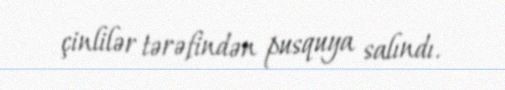
çinlilər tərəfindən pusquya salındı.